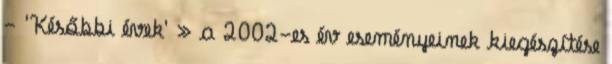
- 'Későbbi évek' » a 2002-es év eseményeinek kiegészítése